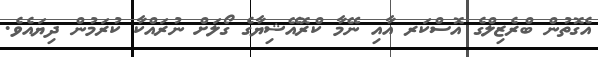
އެގޮތުން ބްރެޒިލްގެ އޮސްކަރ އާއި ނޭމާ ކްރޮއޭޝިޔާގެ ގޯލަށް ނުރައްކާ ކުރަމުން ދިޔައެވެ.